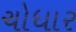
ચોધાર